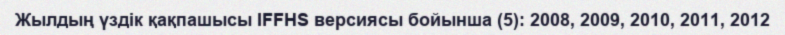
Жылдың үздік қақпашысы IFFHS версиясы бойынша (5): 2008, 2009, 2010, 2011, 2012